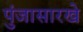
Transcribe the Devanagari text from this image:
पुंजासारखे